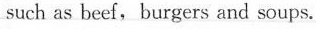
such as beef, burgers and soups.